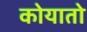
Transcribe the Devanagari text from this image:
कोयातो